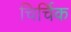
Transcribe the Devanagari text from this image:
चिर्चिक